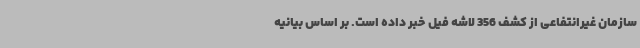
سازمان غیرانتفاعی از کشف 356 لاشه فیل خبر داده است. بر اساس بیانیه